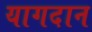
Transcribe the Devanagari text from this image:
यागदान